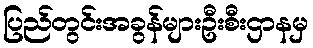
ပြည်တွင်းအခွန်များဦးစီးဌာနမှ